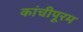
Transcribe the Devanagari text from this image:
कांचीपूरम